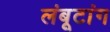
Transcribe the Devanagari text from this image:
लंबूटांग